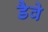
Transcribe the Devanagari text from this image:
डैवे